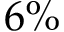
6 \%